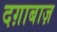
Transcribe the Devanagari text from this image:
दग़ाबाज़